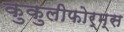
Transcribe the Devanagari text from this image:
कुकुलीफोर्म्स